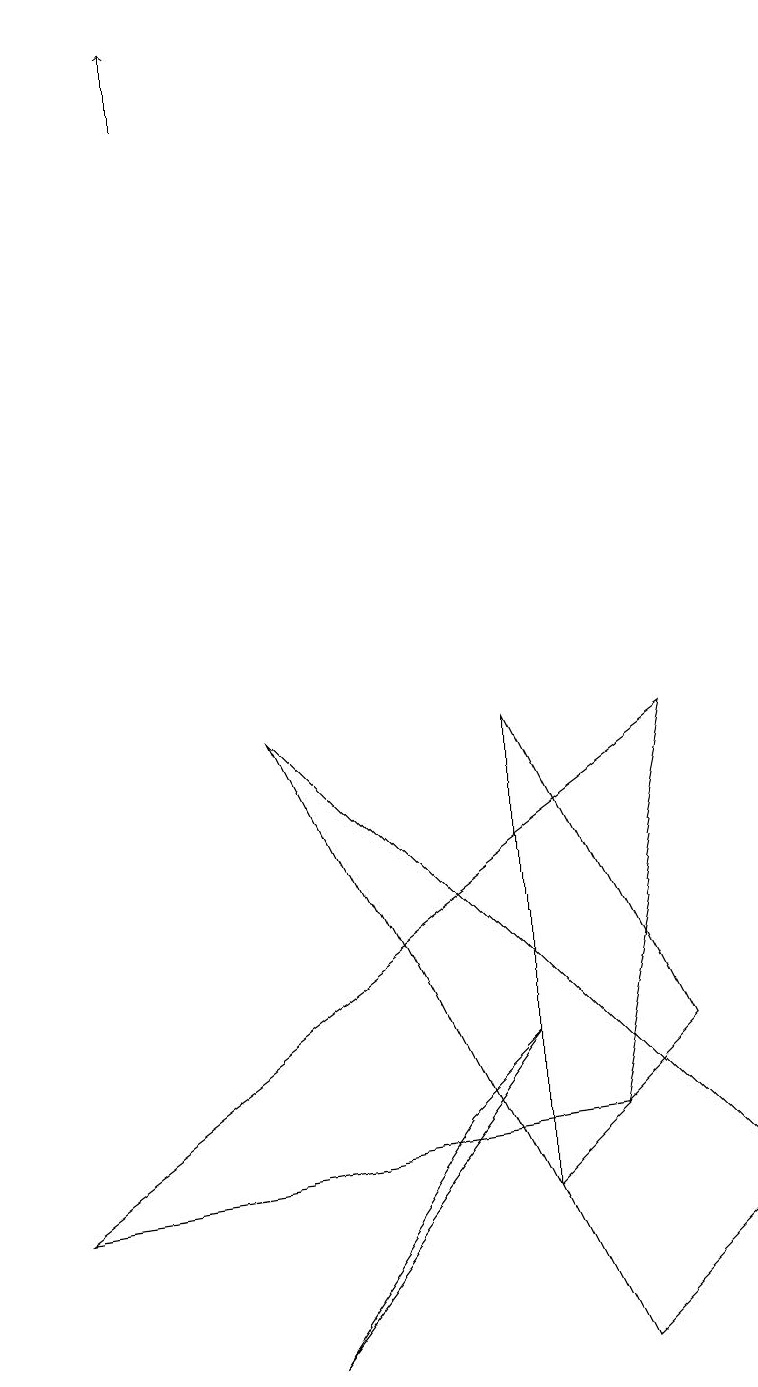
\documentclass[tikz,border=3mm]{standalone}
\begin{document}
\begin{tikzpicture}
\draw[->] (2,17) -- (2,18);
\draw (7,4) -- (8,9) -- (0,3) -- cycle;
\draw (3,1) -- (5,4) -- (6,5) -- cycle;
\draw (8,5) -- (6,9) -- (6,3) -- cycle;
\draw (9,3) -- (3,9) -- (7,1) -- cycle;
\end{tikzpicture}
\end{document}